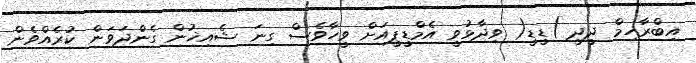
އިބްރާހިމް ދީދީ )ޑީޑީ( ވިދާޅުވީ އެމްޑީޕީއަށް ވީހާވެސް ގިނަ ޝެއިޚުން ގެންދަވަން ކުރެއްވެން